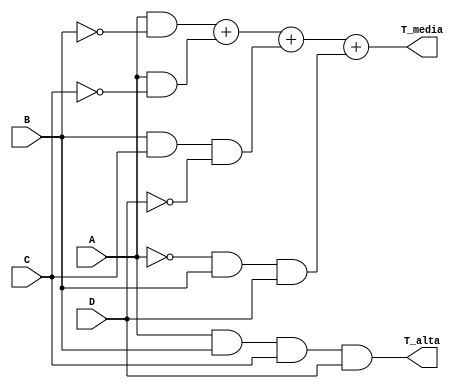
`timescale 1ns / 1ps
//////////////////////////////////////////////////////////////////////////////////
// Instituto Tecnologico de Costa Rica
// Laboratorio de diseo de sistemas digital
// Profesor: Alfonso Chacon
//
// Estudiantes:
// Edgar Solera Bolaos
// Diego Salazar Sibaja 
//
// Control de mquina contra incendios
//////////////////////////////////////////////////////////////////////////////////
module Deco_adc(
    input A,
    input B,
    input C,
    input D,
    output T_alta,
    output T_media
    );
	 
assign T_media=(A&(~B))+(A&(~C))+(B&C&(~D))+((~A)&B&D);
assign T_alta=A&B&C&D;



endmodule